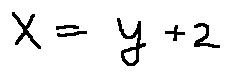
x = y + 2